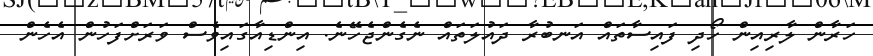
ހަރާން ލާރިއިން ހޯދި ފައިސާތައް އަނބުރާ ދައުލަތައް ނެގެންޖެހޭނެ. އިންޑިއާގައިވެސް ވަރަށްފަހުން އެހެން